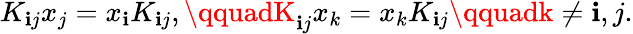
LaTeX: K_{\mathbf{i}j}x_{j}=x_{\mathbf{i}}K_{\mathbf{i}j},\qquadK_{\mathbf{i}j}x_{k}=x_{k}K_{\mathbf{i}j}\qquadk\ne\mathbf{i},j.